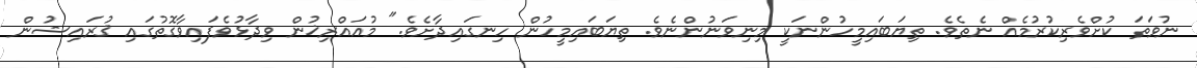
ނުވަތަ ކުށްވެރިކުރުމެއް ނެތެވެ. ތިޔަބައިމީހުންނަކީ މިނިވަނުންނެވެ. ތިޔަބައިމީހުން ހިނގައިދާށެވެ." މުއައްރިޚުން ވިދާޅުވެފައިވާގޮތުގައި ޤުރައިޝުން